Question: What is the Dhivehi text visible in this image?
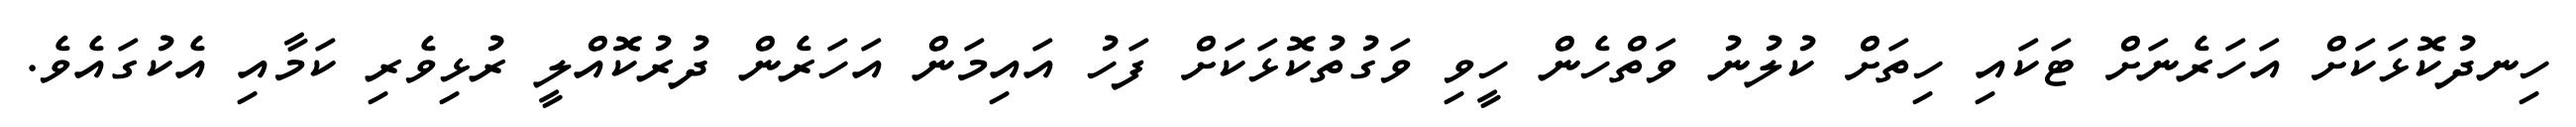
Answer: ހިނދުކޮޅަކަށް އަހަރެނަށް ޓަކައި ހިތަށް ކުލުނު ވަތްހެން ހީވި ވަގުތުކޮޅަކަށް ފަހު އައިމަން އަހަރެން ދުރުކޮއްލީ ރުޅިވެރި ކަމާއި އެކުގައެވެ.